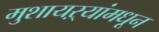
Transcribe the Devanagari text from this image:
मुशायऱ्यांमधून